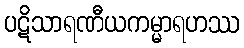
ပဋိသာရဏီယကမ္မာရဟဿ